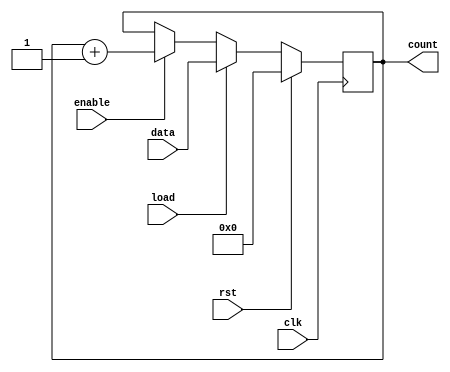
module synchronous_load_counter #(
    parameter N = 8  // Define the bit-width of the counter (default is 8 bits)
)(
    input wire clk,          // Clock input
    input wire rst,          // Reset input (active high)
    input wire load,         // Load input
    input wire [N-1:0] data, // Data input for loading
    input wire enable,       // Enable input for counting
    output reg [N-1:0] count // Count output
);

// Synchronous process
always @(posedge clk) begin
    if (rst) begin
        // Reset the count to zero
        count <= 0;
    end else if (load) begin
        // Load the specified data into the counter
        count <= data;
    end else if (enable) begin
        // Increment the counter if enabled
        count <= count + 1;
    end
end

endmodule